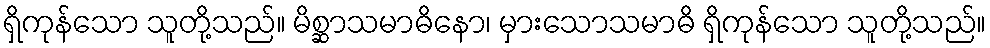
ရှိကုန်သော သူတို့သည်။ မိစ္ဆာသမာဓိနော၊ မှားသောသမာဓိ ရှိကုန်သော သူတို့သည်။